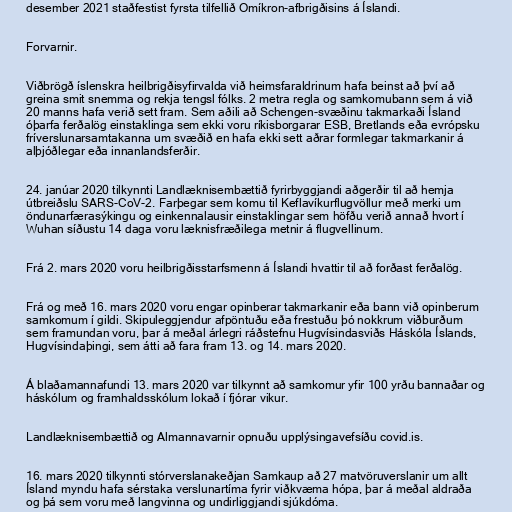
desember 2021 staðfestist fyrsta tilfellið Omíkron-afbrigðisins á Íslandi.

Forvarnir.

Viðbrögð íslenskra heilbrigðisyfirvalda við heimsfaraldrinum hafa beinst að því að
greina smit snemma og rekja tengsl fólks. 2 metra regla og samkomubann sem á við
20 manns hafa verið sett fram. Sem aðili að Schengen-svæðinu takmarkaði Ísland
óþarfa ferðalög einstaklinga sem ekki voru ríkisborgarar ESB, Bretlands eða evrópsku
fríverslunarsamtakanna um svæðið en hafa ekki sett aðrar formlegar takmarkanir á
alþjóðlegar eða innanlandsferðir.

24. janúar 2020 tilkynnti Landlæknisembættið fyrirbyggjandi aðgerðir til að hemja
útbreiðslu SARS-CoV-2. Farþegar sem komu til Keflavíkurflugvöllur með merki um
öndunarfærasýkingu og einkennalausir einstaklingar sem höfðu verið annað hvort í
Wuhan síðustu 14 daga voru læknisfræðilega metnir á flugvellinum.

Frá 2. mars 2020 voru heilbrigðisstarfsmenn á Íslandi hvattir til að forðast ferðalög.

Frá og með 16. mars 2020 voru engar opinberar takmarkanir eða bann við opinberum
samkomum í gildi. Skipuleggjendur afpöntuðu eða frestuðu þó nokkrum viðburðum
sem framundan voru, þar á meðal árlegri ráðstefnu Hugvísindasviðs Háskóla Íslands,
Hugvísindaþingi, sem átti að fara fram 13. og 14. mars 2020.

Á blaðamannafundi 13. mars 2020 var tilkynnt að samkomur yfir 100 yrðu bannaðar og
háskólum og framhaldsskólum lokað í fjórar vikur.

Landlæknisembættið og Almannavarnir opnuðu upplýsingavefsíðu covid.is.

16. mars 2020 tilkynnti stórverslanakeðjan Samkaup að 27 matvöruverslanir um allt
Ísland myndu hafa sérstaka verslunartíma fyrir viðkvæma hópa, þar á meðal aldraða
og þá sem voru með langvinna og undirliggjandi sjúkdóma.